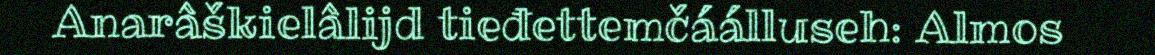
Anarâškielâlijd tieđettemčáálluseh: Almos